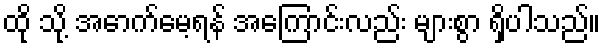
ထို သို့ အောက်မေ့ရန် အကြောင်းလည်း များစွာ ရှိပါသည်။